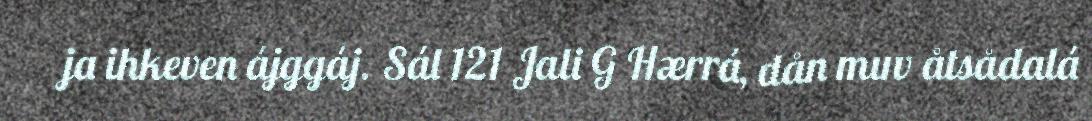
ja ihkeven ájggáj. Sál 121 Jali G Hærrá, dån muv åtsådalá